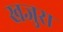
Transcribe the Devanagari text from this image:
खजुरा